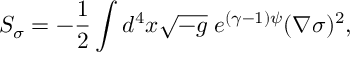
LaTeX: S _ { \sigma } = - \frac { 1 } { 2 } \int d ^ { 4 } x \sqrt { - g } \; e ^ { ( \gamma - 1 ) \psi } ( \nabla \sigma ) ^ { 2 } ,